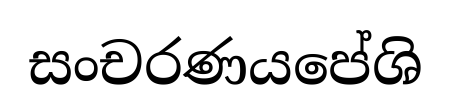
සංචරණයපේශි